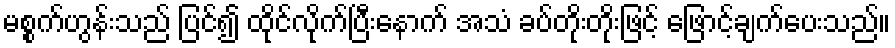
မစ္စက်ဟွန်းသည် ပြင်၍ ထိုင်လိုက်ပြီးနောက် အသံ ခပ်တိုးတိုးဖြင့် ဖြောင့်ချက်ပေးသည်။